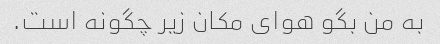
به من بگو هوای مکان زیر چگونه است.